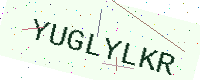
Text: YUGLYLKR